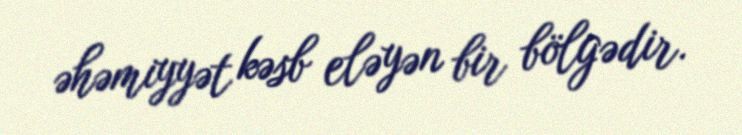
əhəmiyyət kəsb eləyən bir bölgədir.